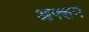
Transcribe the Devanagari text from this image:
आफ्शन